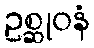
ဥစ္ဆုဝနံ